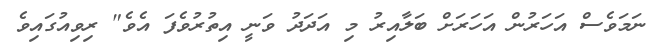
ނަމަވެސް އަހަރުން އަހަރަށް ބަލާއިރު މި އަދަދު ވަނީ އިތުރުވެފަ އެވެ" ރިވިއުގައިވެ